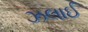
ઝલાઈ